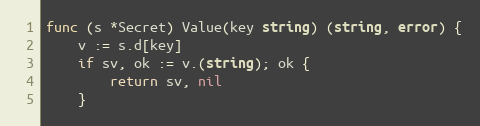
Language: Go
func (s *Secret) Value(key string) (string, error) {
	v := s.d[key]
	if sv, ok := v.(string); ok {
		return sv, nil
	}